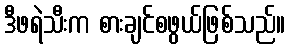
ဒီဖရဲသီးက စားချင်စဖွယ်ဖြစ်သည်။